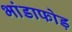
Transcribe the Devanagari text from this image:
भांडाफोड़